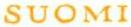
SUOMI